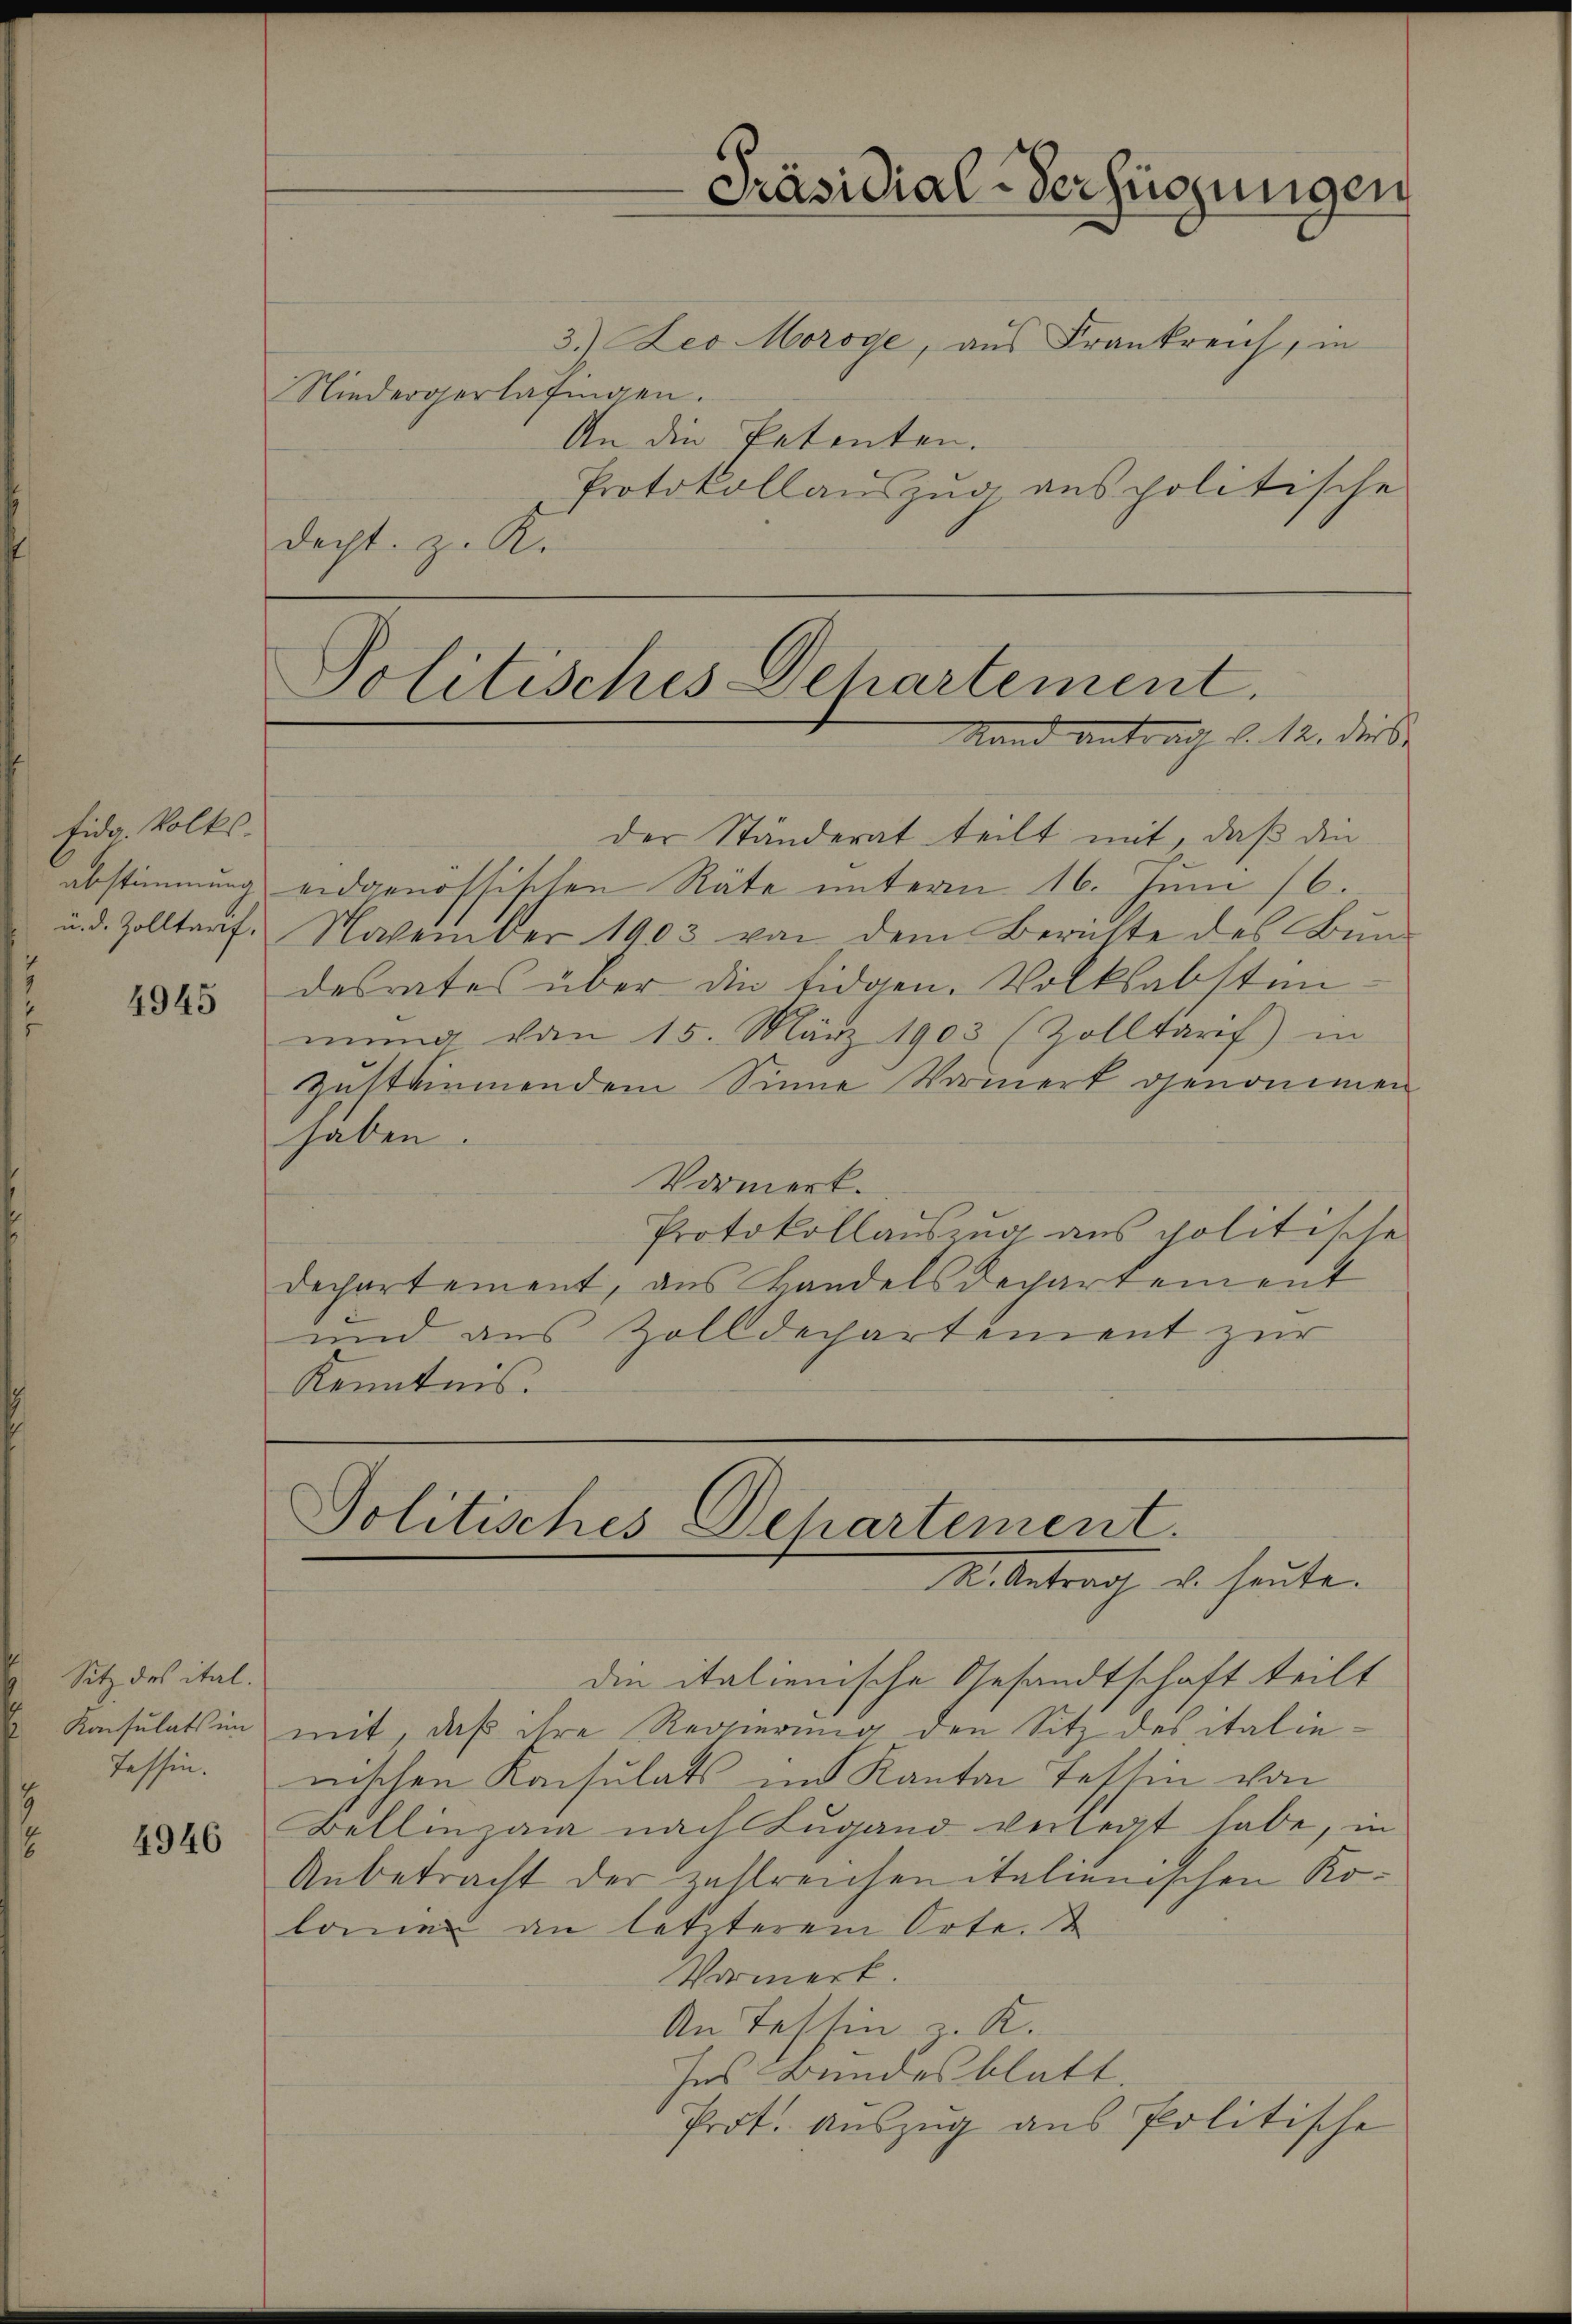
fida. Volks-
abstimmung
u. d. Zolltarf.

4945

Sitz des ital.
Konsulats im
Tassen.

4946

3.) Leo Moroge, aus Frankreich, in
Niedergerlafingen.
An die Petenten.
Protokollauszug aus politische
decht z. K.

Präsidial-Verfügungen

Politisches Dchartement.
Stand Antrag d. 12. diese

der Ständerat teilt mit, daß den
eidgenössischen Räte unterm 16. Juni 16.
November 1903 von dem Berichte des Bundesrates über die Eidgen. Volksabsten-
mŭng vom 15. März 1903 (Zolltarif) in
zustimmendem Sinne Vormerk genommen
haben.
Vormerk.
Protokollauszug aus politische
departement, aus Landelsdepartement
und aus Zolldechartement zur
Kenntnis.

Politisches Departement.
S. Antrag u. heute.

die italienische Gesandtschaft teilt
mit, daß ihre Regierung den Sitz des italienischen Konsulats im Kanton Testin von
Bellinzona nach Lugand verlegt habe, in
Unbetracht der zahlreichen italienischen Kokommen an letzterem Orte.
Vormerk.
An Tessin v. K.
Ins Bundesblatt.
Prot. Auszug aus Politische